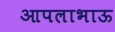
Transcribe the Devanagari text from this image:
आपलाभाऊ